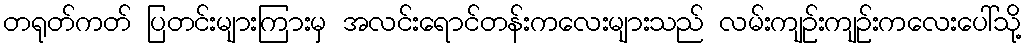
တရုတ်ကတ် ပြတင်းများကြားမှ အလင်းရောင်တန်းကလေးများသည် လမ်းကျဉ်းကျဉ်းကလေးပေါ်သို့